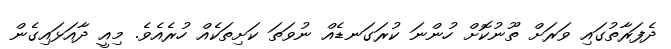
ދެފަރާތުގައި ވަރަށް ތޫނުކޮށް ހުންނަ ކުރަގަނޑެއް ނުވަތަ ކަށިތަކެއް ހުރެއެވެ. މިއީ ދާއަޅައިގެން